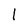
Character: l